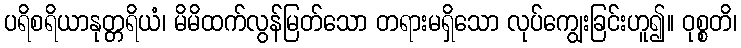
ပရိစရိယာနုတ္တရိယံ၊ မိမိထက်လွန်မြတ်သော တရားမရှိသော လုပ်ကျွေးခြင်းဟူ၍။ ဝုစ္စတိ၊